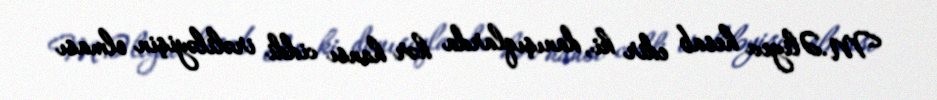
M.Əliyev hesab edir ki, danışıqlarda hər hansı ciddi irəliləyişin olması